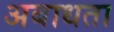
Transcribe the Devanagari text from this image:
अबाधता